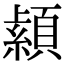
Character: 𦅐